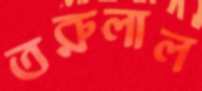
তরুলাল